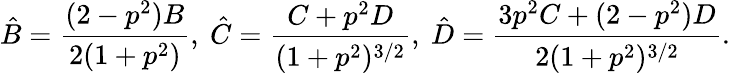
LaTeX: \hat{B}=\frac{(2-p^{2})B}{2(1+p^{2})},~\hat{C}=\frac{C+p^{2}D}{(1+p^{2})^{3/2}},~\hat{D}=\frac{3p^{2}C+(2-p^{2})D}{2(1+p^{2})^{3/2}}.